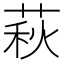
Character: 萩